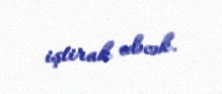
iştirak edəcək.